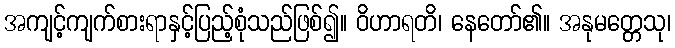
အကျင့်ကျက်စားရာနှင့်ပြည့်စုံသည်ဖြစ်၍။ ဝိဟာရတိ၊ နေတော်၏။ အနုမတ္တေသု၊